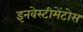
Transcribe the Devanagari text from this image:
इनवेस्टीमेंटोस